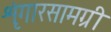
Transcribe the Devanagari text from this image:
शृंगारसामग्री